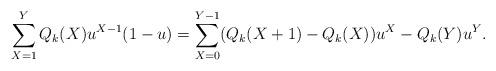
LaTeX: \begin{align*} \sum_{X = 1}^Y Q_k(X)u^{X - 1}(1 - u) &= \sum_{X = 0}^{Y - 1} (Q_k(X + 1) - Q_k(X))u^X - Q_k(Y)u^Y. \end{align*}